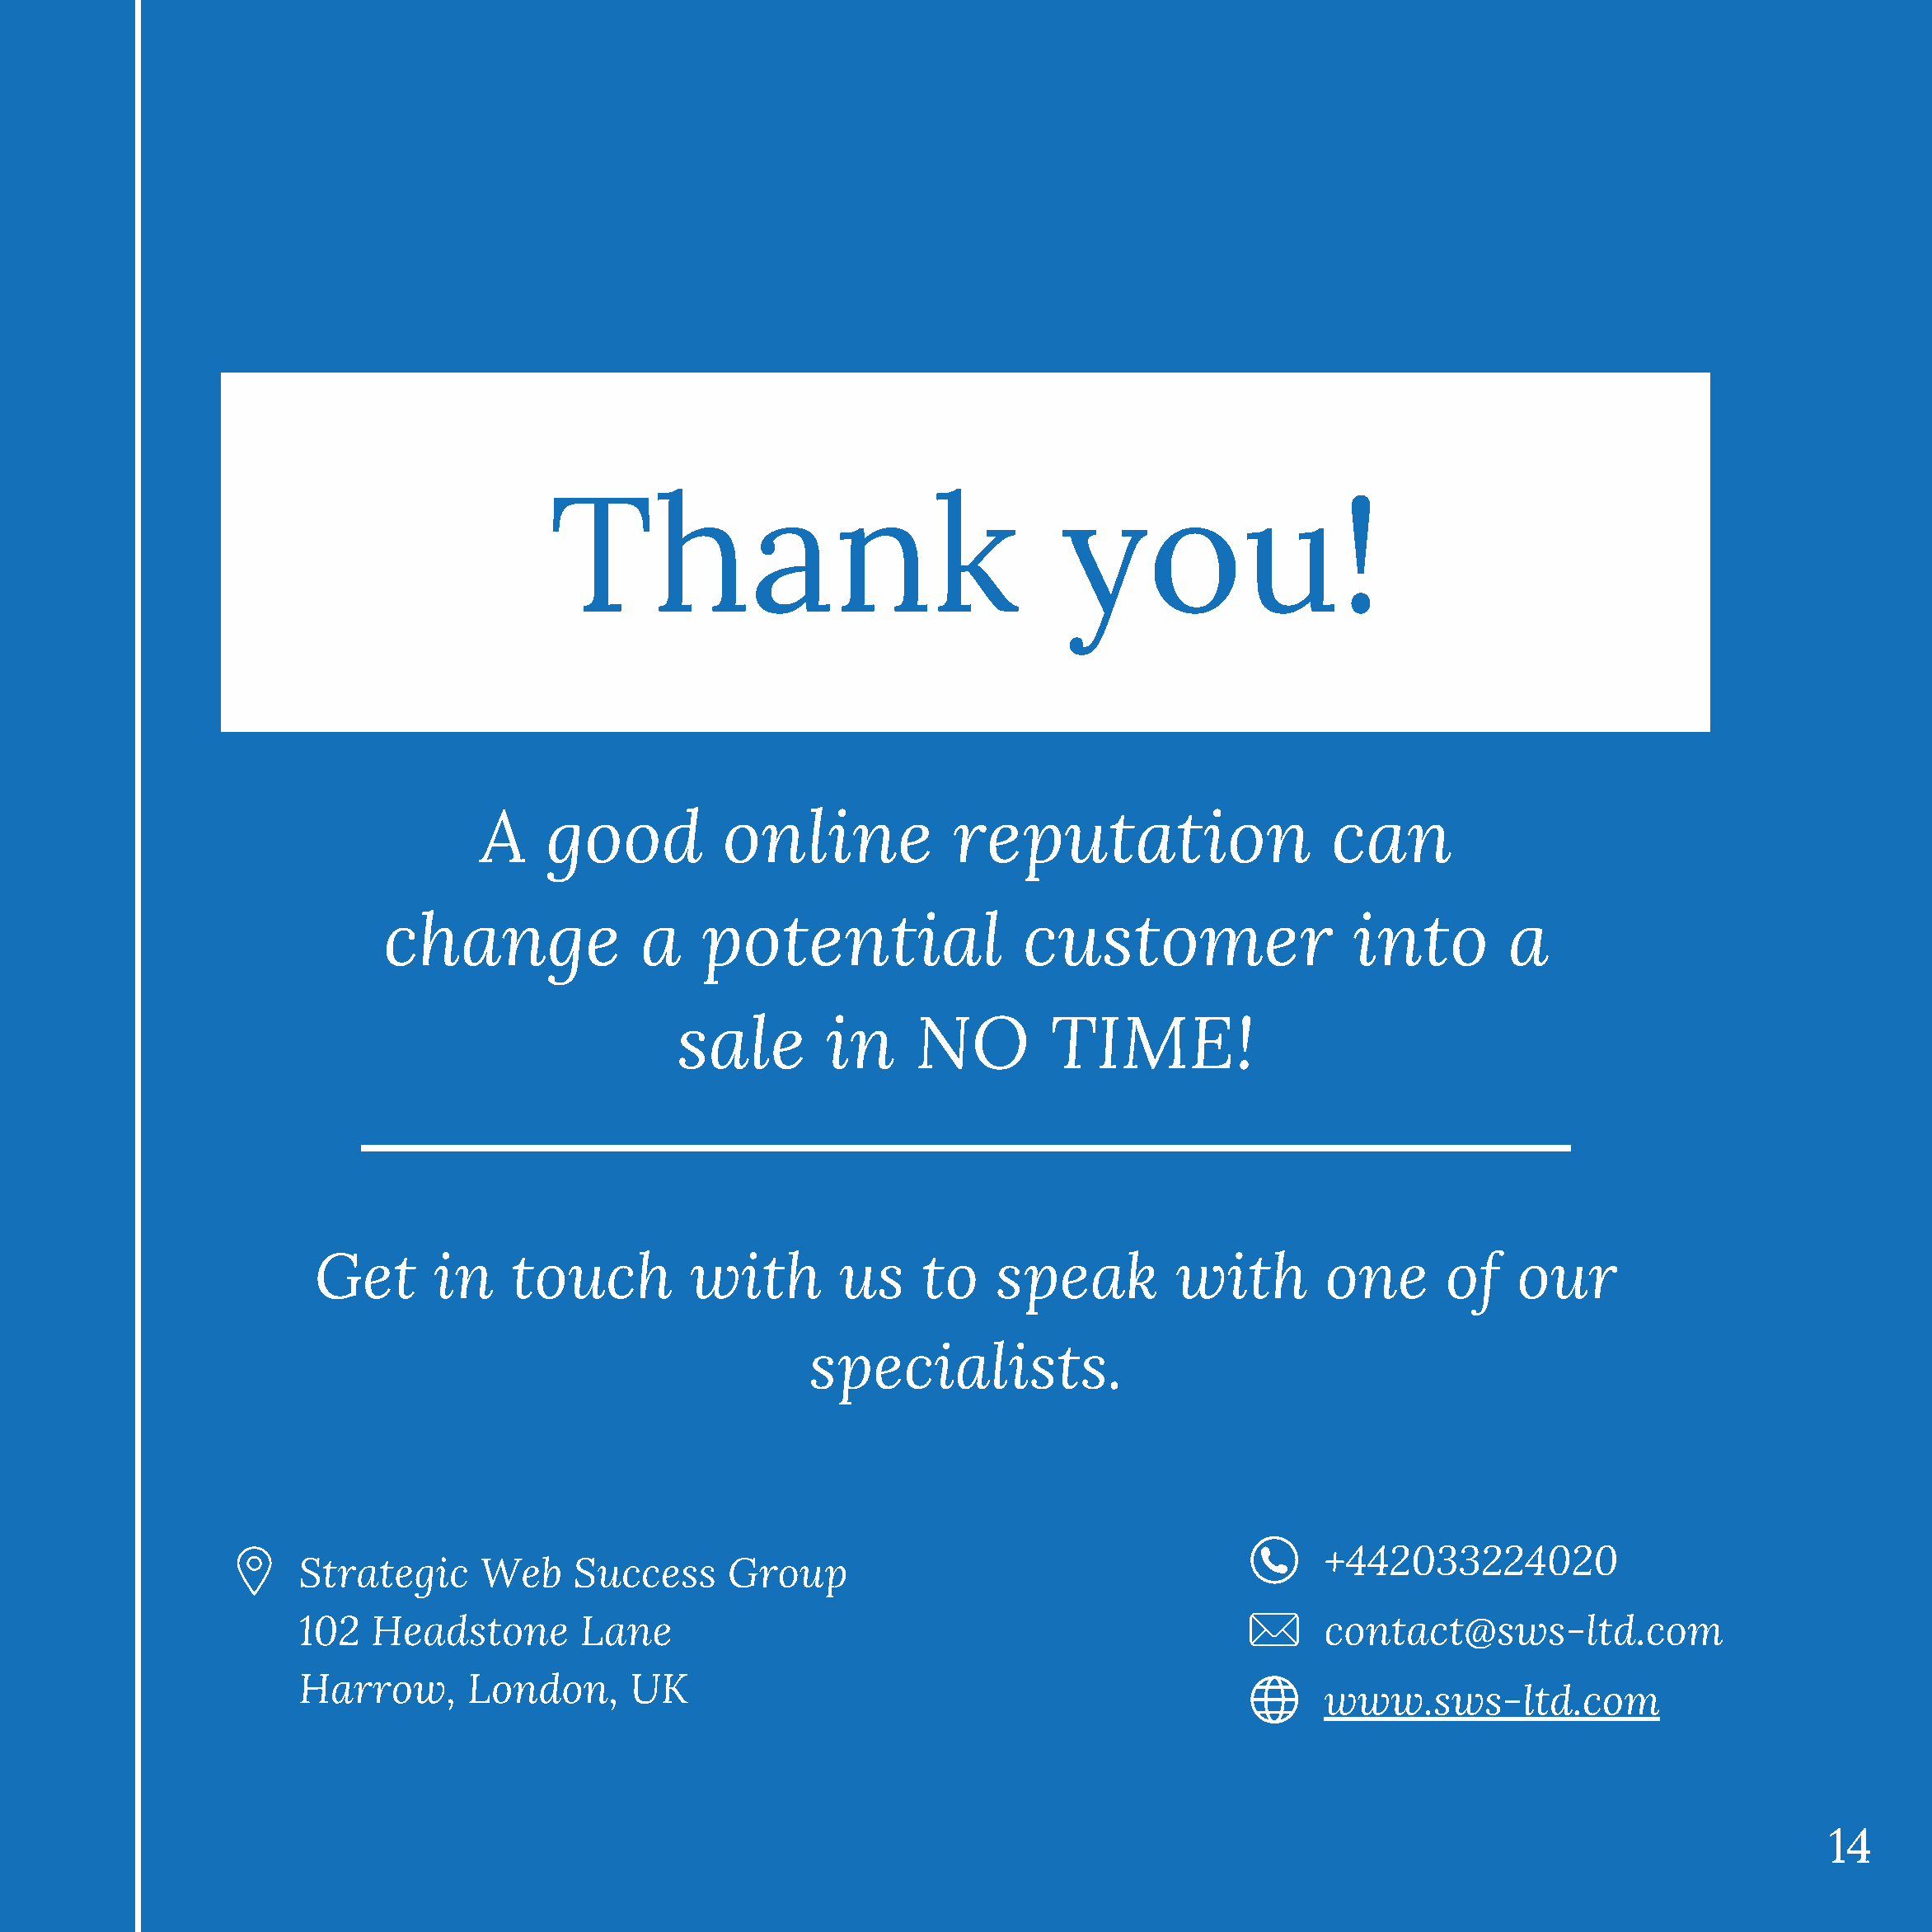
Thank                                    you!
 A    good          online             reputation                    can
 change              a    potential                 customer                   into        a
 sale        in      NO        TIME!
 Get       in    touch         with        us     to    speak         with        one       of    our
 specialists.
 +442033224020
 Strategic      Web    Success     Group
 102   Headstone        Lane                                                       contact@sws-ltd.com
 Harrow,       London,      UK
 www.sws-ltd.com
 14